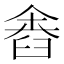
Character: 𦥴